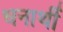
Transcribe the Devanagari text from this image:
धनार्थी